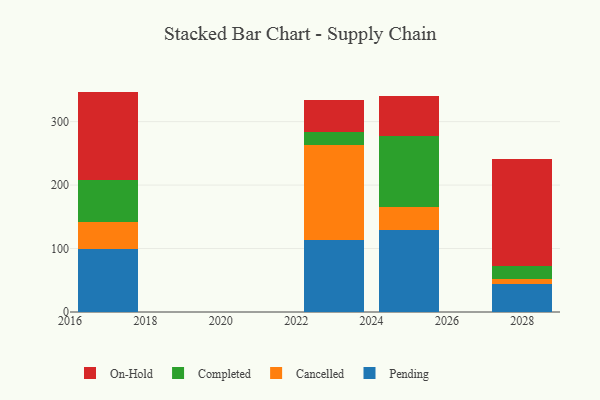
{"axis": {"x": "Year", "y": "Headcount"}, "legend": ["Cancelled", "Completed", "On-Hold", "Pending"], "data": [{"x": "2023", "y": 113.2, "type": "Pending"}, {"x": "2023", "y": 149.8, "type": "Cancelled"}, {"x": "2023", "y": 20.2, "type": "Completed"}, {"x": "2023", "y": 50.9, "type": "On-Hold"}, {"x": "2017", "y": 99.0, "type": "Pending"}, {"x": "2017", "y": 43.3, "type": "Cancelled"}, {"x": "2017", "y": 65.2, "type": "Completed"}, {"x": "2017", "y": 139.8, "type": "On-Hold"}, {"x": "2025", "y": 129.0, "type": "Pending"}, {"x": "2025", "y": 36.8, "type": "Cancelled"}, {"x": "2025", "y": 111.2, "type": "Completed"}, {"x": "2025", "y": 62.7, "type": "On-Hold"}, {"x": "2028", "y": 43.6, "type": "Pending"}, {"x": "2028", "y": 9.0, "type": "Cancelled"}, {"x": "2028", "y": 19.4, "type": "Completed"}, {"x": "2028", "y": 168.5, "type": "On-Hold"}]}